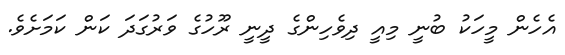
އެހެން މީހަކު ބުނީ މިއީ ދިވެހިންގެ ދީނީ ރޫހުގެ ވަރުގަދަ ކަން ކަމަށެވެ.